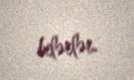
bilərlər.